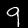
Digit: 9